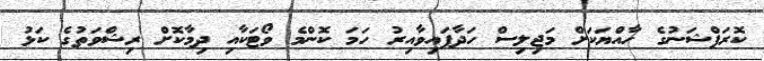
ކޮރަޕްޝަނުގެ ހާއްޔަކަށް މަޖިލިސް ހަދާފައިވާއިރު ހަމަ ކޮންމެ ވޯޓަކާއި ދިމާކޮށް ރިޝްވަތުގެ ކަޅު